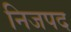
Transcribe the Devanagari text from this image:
निजपद